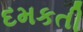
દમકતી